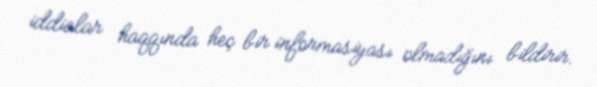
iddialar haqqında heç bir informasiyası olmadığını bildirir.